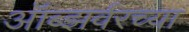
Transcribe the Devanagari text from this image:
ऑब्झर्वरच्या